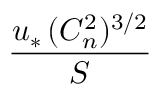
\frac { u _ { * } \, ( C _ { n } ^ { 2 } ) ^ { 3 / 2 } } { S }